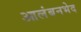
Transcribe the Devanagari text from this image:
आलंबनभेद